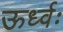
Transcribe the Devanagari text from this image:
ऊर्ध्वः